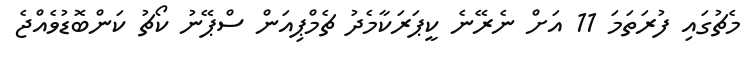
މެޗުގައި ފުރަތަމަ 11 އަށް ނެރޭނެ ކީޕަރަކާމެދު ޗެމްޕިއަން ސްޕޭނު ކޯޗު ކަންބޮޑުވެއްޖެ